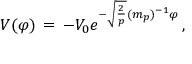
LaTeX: V ( \varphi ) \, = \, - V _ { 0 } e ^ { - \sqrt { \frac { 2 } { p } } ( m _ { p } ) ^ { - 1 } \varphi } \, ,